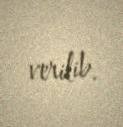
verilib.